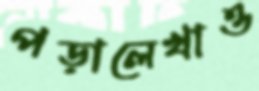
পড়ালেখাও